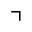
\urcorner